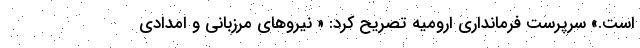
است.» سرپرست فرمانداری ارومیه تصریح کرد: « نیروهای مرزبانی و امدادی